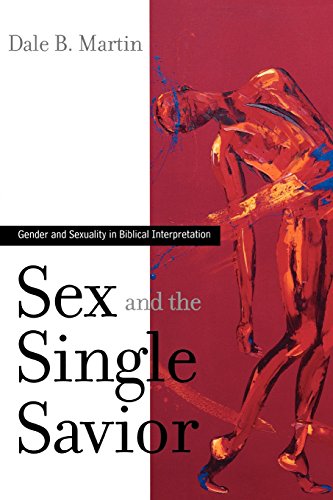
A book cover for Sex and the Single Savior: Gender and Sexuality in Biblical Interpretation; Dale B. Martin; Religion & Spirituality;